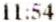
11:54